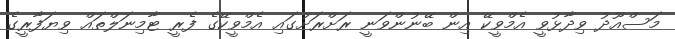
މަސްއޫދު ވިދާޅުވީ އެމްވީކޭ އިން ބޭނުންވަނީ ރަށްރަށުގައި އެމްވީކޭގެ ފެރީ ޓާމިނަލްތައް ވިޔަފާރީގެ